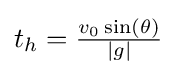
{\textstyle t_{h}={\frac {v_{0}\sin(\theta )}{|g|}}}